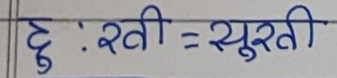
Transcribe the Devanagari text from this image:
दुःखी =  सुरती